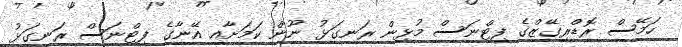
ހަމޭސް ރޮޑްރިގޭޒްގެ ފިޓްނަސް މުޅިން ރަނގަޅު ނޫން ކަމަށާއި އޭނާގެ ފިޓްނަސް ރަނގަޅު